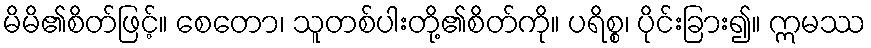
မိမိ၏စိတ်ဖြင့်။ စေတော၊ သူတစ်ပါးတို့၏စိတ်ကို။ ပရိစ္စ၊ ပိုင်းခြား၍။ ဣမဿ